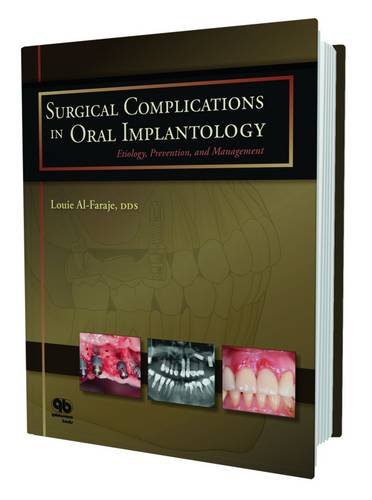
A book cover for Surgical Complications in Oral Implantology: Etiology, Prevention, and Management; Louie Al-Faraje; Medical Books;